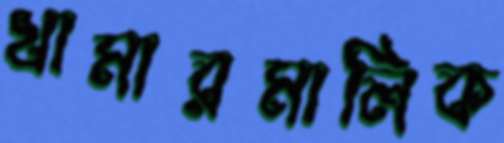
খামারমালিক